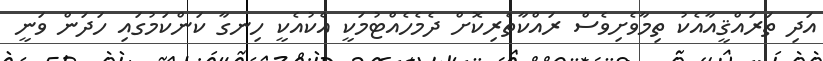
އަދި ތަރައްޤީއާއެކު ތިމާވެށިވެސް ރައްކާތެރިކޮށް ދެމެހެއްޓުމަކީ އެކުއެކީ ހިނގާ ކަންކަމުގައި ހަދަން ވަނީ